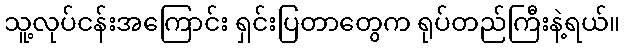
သူ့လုပ်ငန်းအကြောင်း ရှင်းပြတာတွေက ရုပ်တည်ကြီးနဲ့ရယ်။